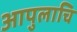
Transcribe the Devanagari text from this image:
आपुलाचि